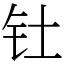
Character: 钍